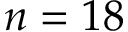
n = 1 8